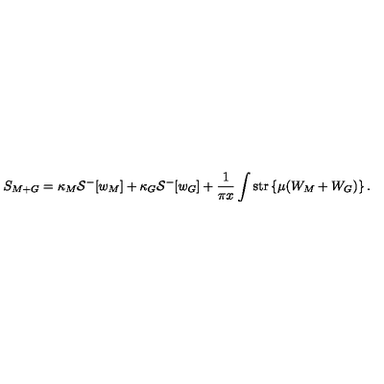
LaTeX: S _ { M + G } = \kappa _ { M } { \cal S } ^ { - } [ w _ { M } ] + \kappa _ { G } { \cal S } ^ { - } [ w _ { G } ] + \frac { 1 } { \pi x } \int \mathrm { s t r } \left\{ \mu ( W _ { M } + W _ { G } ) \right\} .